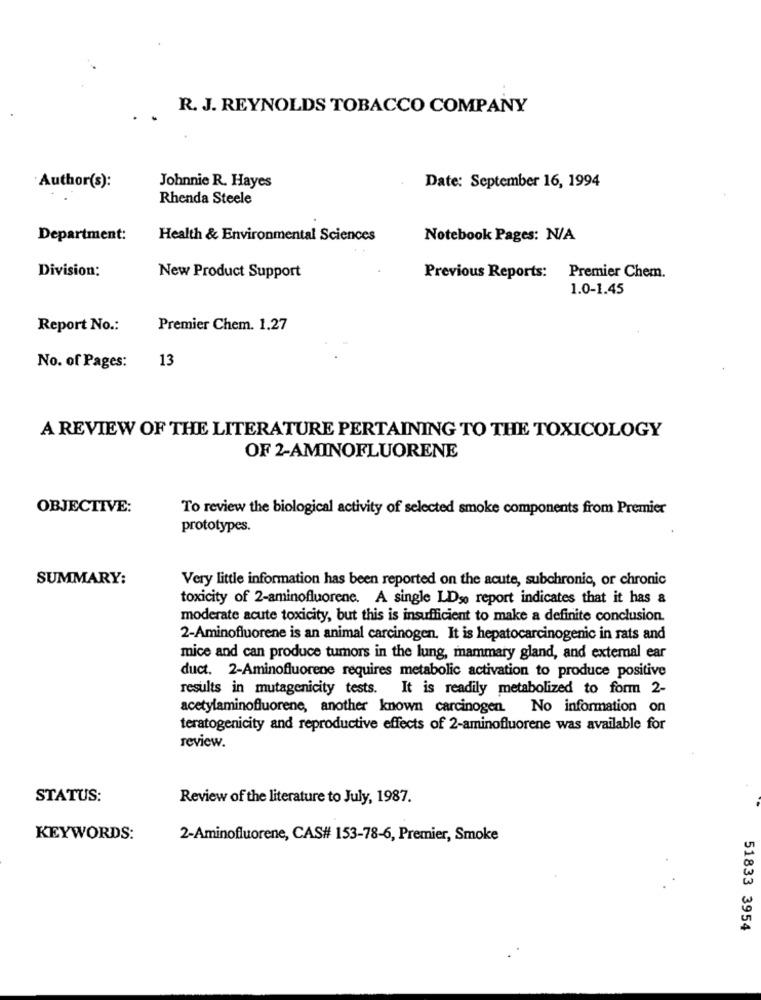
R. J. REYNOLDS TOBACCO COMPANY
Johnnie R. Hayes
Author(s):
Date: September 16, 1994
Rhenda Steele
Department:
Health & Environmental Sciences
Notebook Pages: N/A
Division:
New Product Support
Previous Reports: Premier Chem.
1.0-1.45
Report No .:
Premier Chem. 1.27
13
No. of Pages:
A REVIEW OF THE LITERATURE PERTAINING TO THE TOXICOLOGY
OF 2-AMINOFLUORENE
OBJECTIVE:
To review the biological activity of selected smoke components from Premier
prototypes.
SUMMARY:
Very little information has been reported on the acute, subchronic, or chronic
toxicity of 2-aminofluorene. A single LDso report indicates that it has a
moderate acute toxicity, but this is insufficient to make a definite conclusion.
2-Aminofluorene is an animal carcinogen. It is hepatocarcinogenic in rats and
mice and can produce tumors in the lung, mammary gland, and extemal ear
duct. 2-Aminofluorene requires metabolic activation to produce positive
results in mutagenicity tests. It is readily metabolized to form 2-
acetylaminofluorene, another known carcinogen. No information on
teratogenicity and reproductive effects of 2-aminofluorene was available for
review.
STATUS:
Review of the literature to July, 1987.
KEYWORDS:
2-Aminofluorene, CAS# 153-78-6, Premier, Smoke
51833 3954